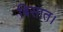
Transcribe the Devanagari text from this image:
बिसात।